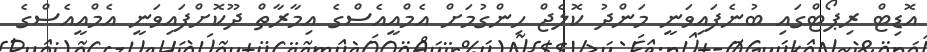
އޮޑިޓް ރިޕޯޓްގައި ބުނެފައިވަނީ މަންދު ކޮލެޖް ހިންގުމަށް އެމްއީއެސްގެ އިމާރާތް ދޫކޮށްފައިވަނީ އެމްއީއެސްގެ